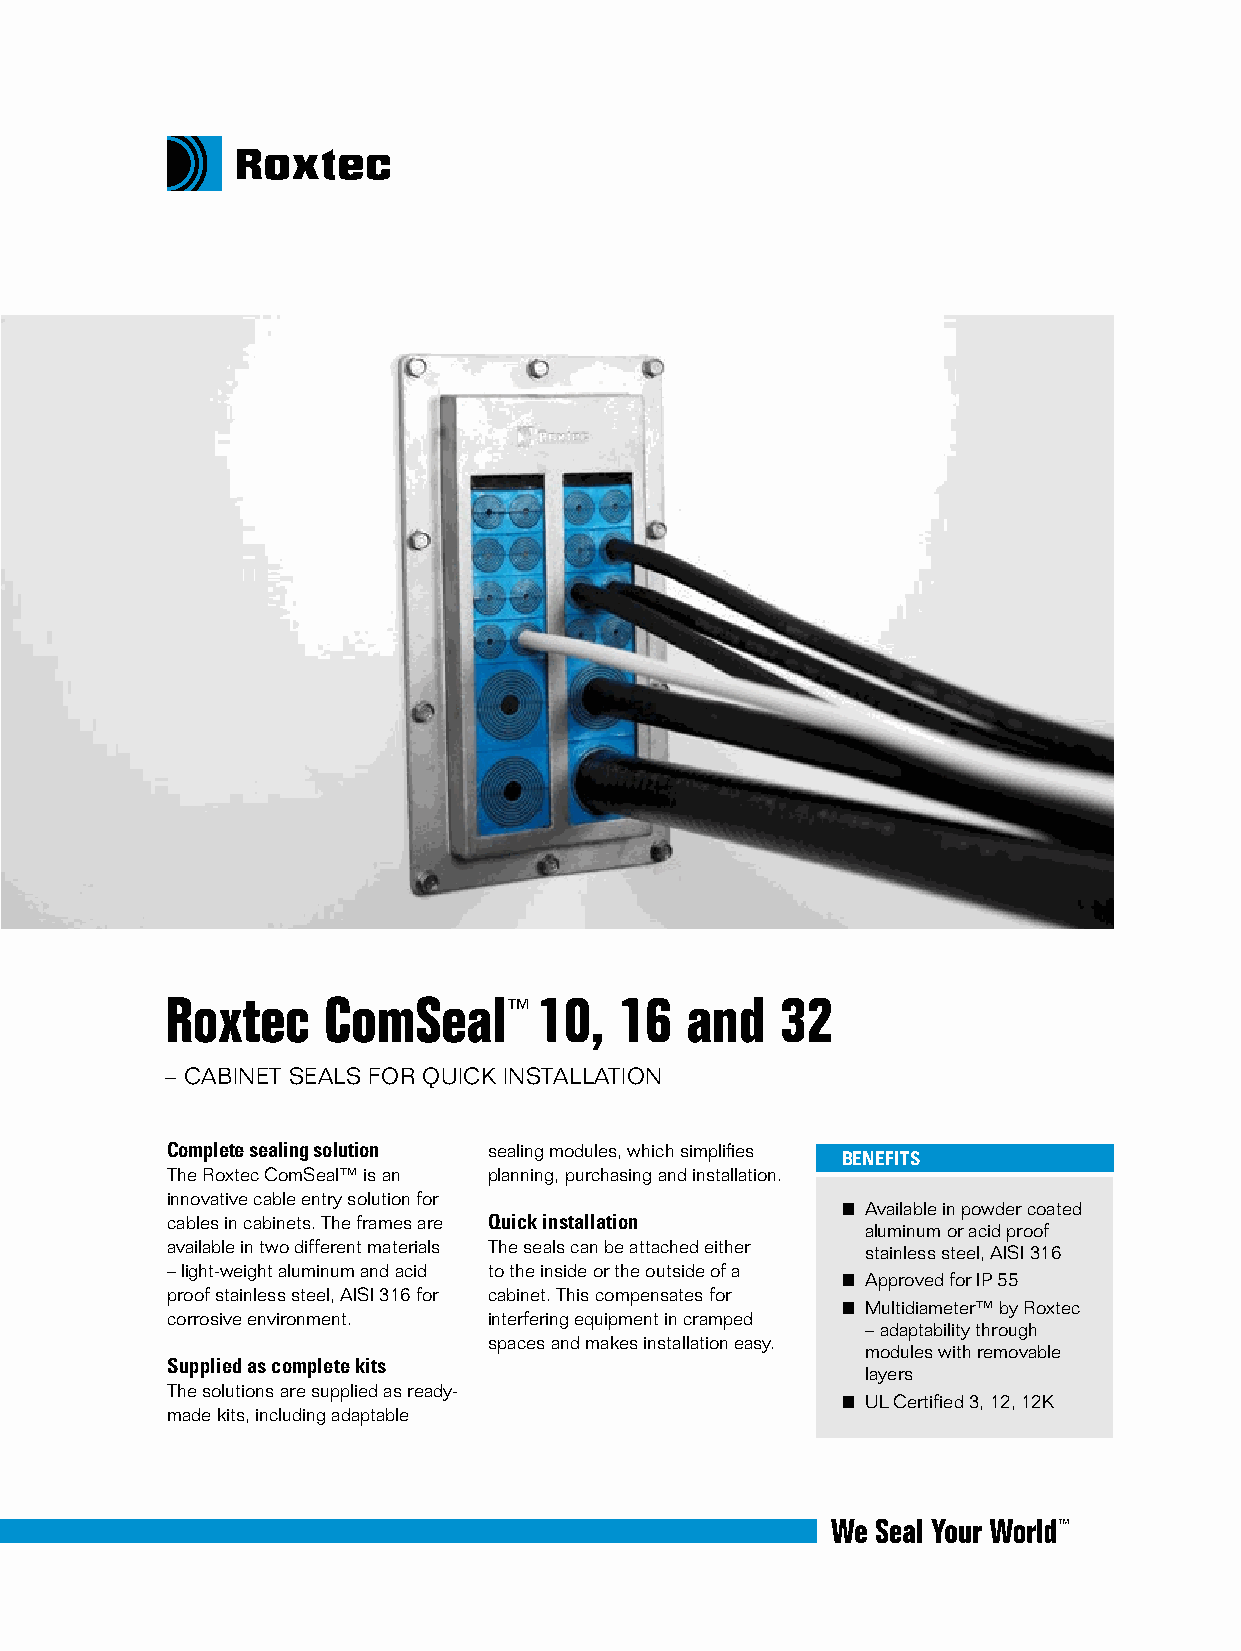
Roxtec    ComSeal™       10,  16  and    32
 – CAbIneT SeAlS foR quICk InSTAllATIon
 Complete sealing solution sealing modules, which simplifies
 BENEFITS
 The Roxtec ComSeal™ is an planning, purchasing and installation.
 innovative cable entry solution for
 ■ Available in powder coated
 cables in cabinets. The frames are Quick installation
 aluminum or acid proof
 available in two different materials The seals can be attached either stainless steel, AISI 316
 – light-weight aluminum and acid to the inside or the outside of a
 ■ Approved for IP 55
 proof stainless steel, AISI 316 for cabinet. This compensates for
 ■ Multidiameter™ by Roxtec
 corrosive environment. interfering equipment in cramped
 – adaptability through
 spaces and makes installation easy.
 modules with removable
 Supplied as complete kits
 layers
 The solutions are supplied as ready-
 ■ ul Certified 3, 12, 12k
 made kits, including adaptable